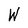
Character: W